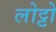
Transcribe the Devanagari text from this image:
लोट्टो